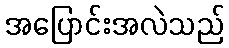
အပြောင်းအလဲသည်